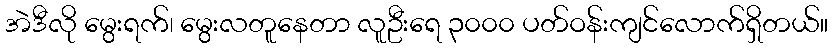
အဲဒီလို မွေးရက်၊ မွေးလတူနေတာ လူဦးရေ ၃၀၀၀ ပတ်ဝန်းကျင်လောက်ရှိတယ်။